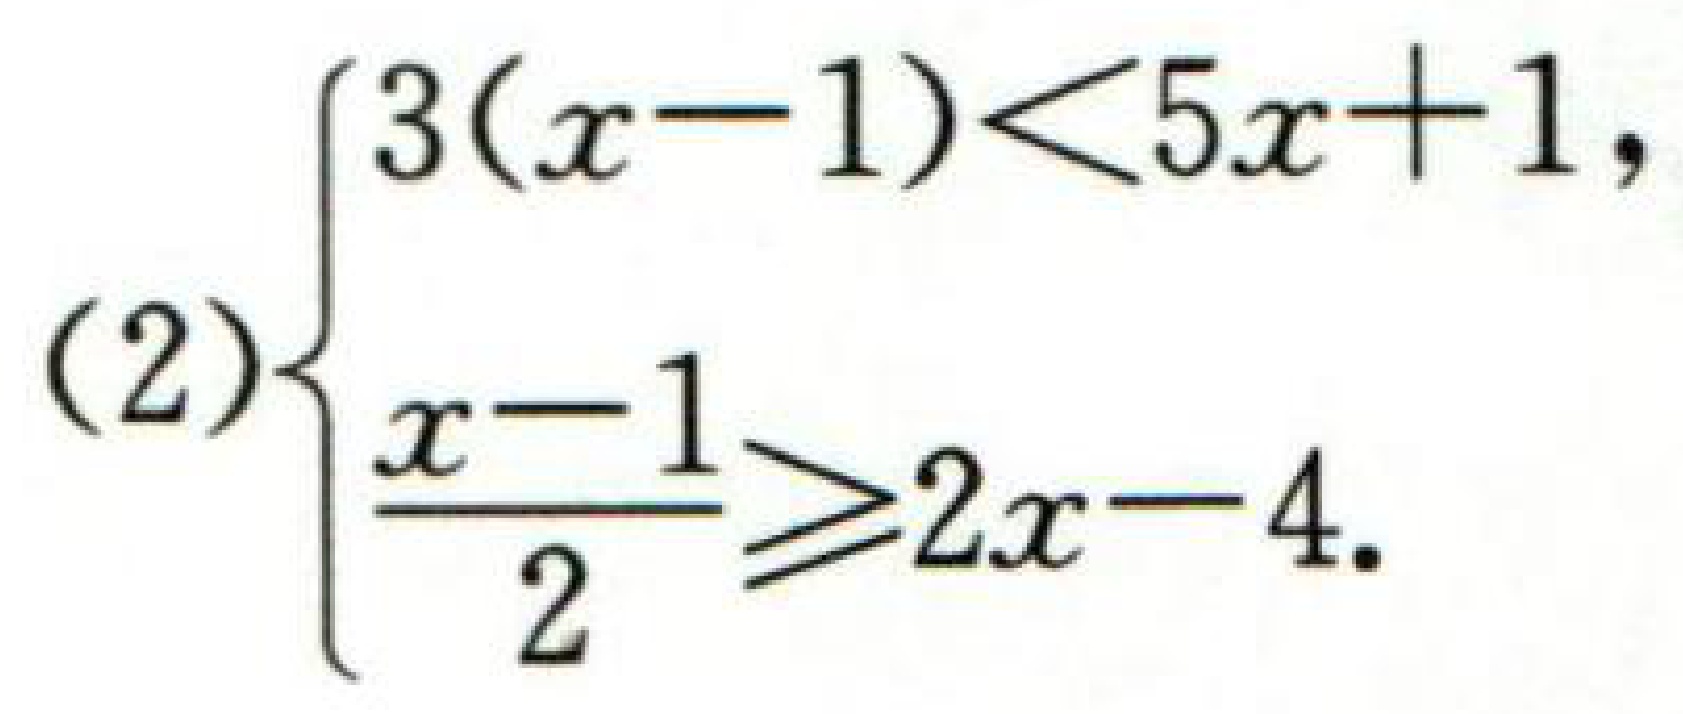
\[(2)\begin{cases}

3(x - 1)<5x + 1,\\

\frac{x - 1}{2}\geq2x - 4.

\end{cases}\]